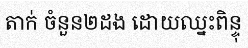
តាក់ ចំនួន២ដង ដោយឈ្នះពិន្ទុ